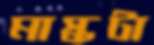
মাস্কটা